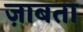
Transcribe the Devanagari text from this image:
ज़ाबता